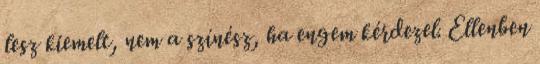
lesz kiemelt, nem a színész, ha engem kérdezel. Ellenben